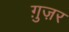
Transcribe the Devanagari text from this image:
ग़ुज़र